Civil Veterinary Dept. Bombay admin report 1914-1922 - 1914-1922
Year: 1914
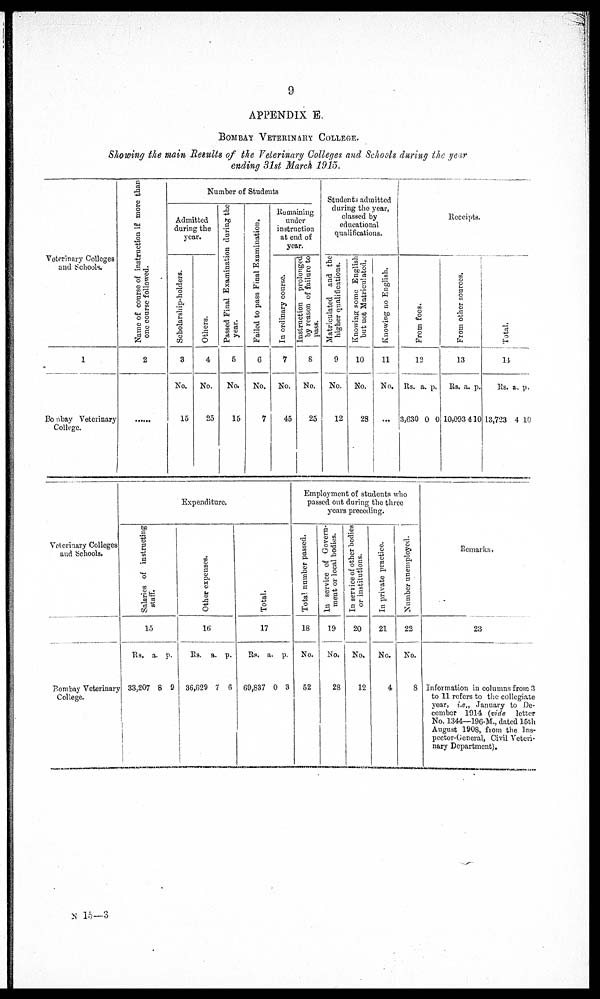
9
APPENDIX E.
BOMBAY VETERINARY COLLEGE.
Showing the main Results of the Veterinary Colleges and Schools during the year
ending 31st March 1915.
Veterinary Colleges
and Schools.
1
Bombay Veterinary
College.
Name of course of instruction if more than
one course followed.
2
......
Number of Students
Admitted
during the
year.
Scholarship-holders.
3
No.
15
Others.
4
No.
25
Passed Final Examination during the
year.
5
No.
15
Failed to pass Final Examination,
6
No.
7
Remaining
under
instruction
at end of
year.
In ordinary course.
7
No.
45
Instruction prolonged
by reason of failure to
pass.
8
No.
25
Students admitted
during the year,
classed by
educational
qualifications.
Matriculated and the
higher qualifications.
9
No.
12
Knowing some English
but not Matriculated.
10
No.
28
Knowing no English.
11
No.
...
Receipts.
Fr om fees.
12
Rs.
3,630
a.
0
p.
0
From other sources.
13
Rs.
10,093
a.
4
p.
10
Total.
14
Rs.
13,723
a.
4
p.
10
Veterinary Colleges
and Schools.
Bombay Veterinary
College.
Expenditure.
Salaries of instructing
staff.
15
Rs.
33,207
a.
8
p.
9
Ot her expenses.
16
Rs.
36,629
a.
7
p.
6
Total.
17
Rs.
69,837
a.
0
p.
3
Employment of students who
passed out during the three
years preceding.
Total number passed.
18
No.
52
In service of Govern-
ment or local bodies.
19
No.
28
In service of other bodies
or institutions.
20
No.
12
In private practice.
21
No.
4
Number unemployed.
22
No.
8
Remarks.
23
Information in columns from 3
to 11 refers to the collegiate
year, i.e., January to De-
cember 1914 (vide letter
No. 1344—196-M., dated 15th
August 1908, from the Ins-
pector-General, Civil Veteri-
nary Department).
N 15—3